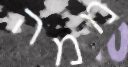
ממה